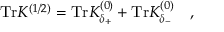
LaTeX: \mathrm { T r } K ^ { ( 1 / 2 ) } = \mathrm { T r } K _ { \delta _ { + } } ^ { ( 0 ) } + \mathrm { T r } K _ { \delta _ { - } } ^ { ( 0 ) } ~ ~ ~ ,